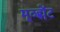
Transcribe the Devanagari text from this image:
मूव्ह्मेंट